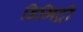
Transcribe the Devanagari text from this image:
डिमिट्री